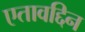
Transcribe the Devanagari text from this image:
एतावद्दिन